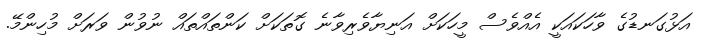
އަޅުގަނޑުގެ ވާހަކައަކީ އެއްވެސް މީހަކަށް އަނިޔާވެރިވާނެ ގޮތަކަށް ކަންތައްތައް ނުވުން ވަރަށް މުހިންމޭ.